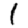
Digit: 1